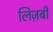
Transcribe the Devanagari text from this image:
लिज़बी